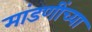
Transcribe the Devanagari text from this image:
मांडणींच्या